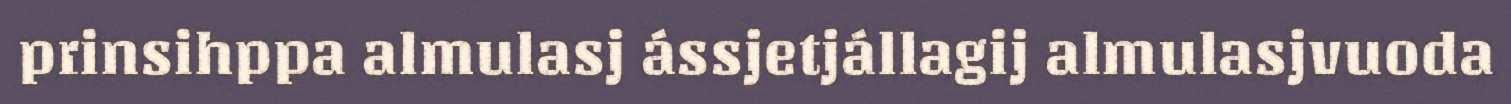
prinsihppa almulasj ássjetjállagij almulasjvuoda